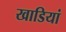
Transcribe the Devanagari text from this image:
खाडियां